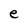
Character: e